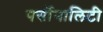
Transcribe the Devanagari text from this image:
पर्सोनालिटी